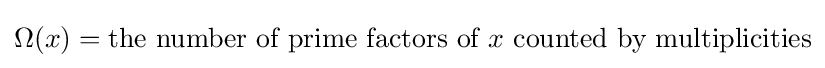
\Omega (x)={\text{the number of prime factors of }}x{\text{ counted by multiplicities}}